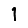
Digit: 1